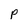
Character: P